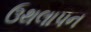
ઉથલાપન